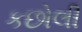
કછોલી